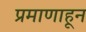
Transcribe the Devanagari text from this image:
प्रमाणाहून